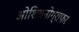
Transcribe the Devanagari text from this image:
ओशियनोग्राफर